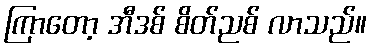
ကြာတော့ အီဒစ် စိတ်ညစ် လာသည်။